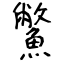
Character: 鱉